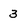
Character: 3